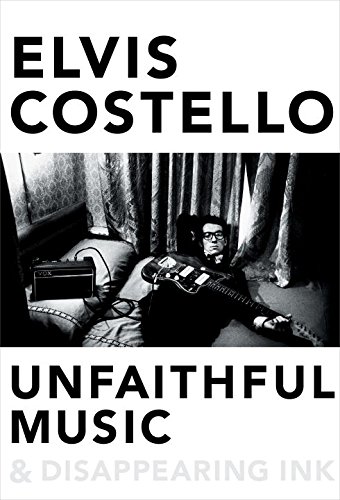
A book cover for Unfaithful Music & Disappearing Ink; Elvis Costello; Humor & Entertainment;